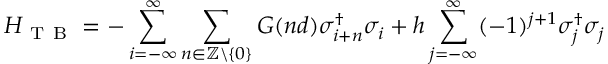
H _ { \mathrm { ~ T ~ B ~ } } = - \sum _ { i = - \infty } ^ { \infty } \sum _ { n \in \mathbb { Z } \backslash \{ 0 \} } G ( n d ) \sigma _ { i + n } ^ { \dagger } \sigma _ { i } + h \sum _ { j = - \infty } ^ { \infty } ( - 1 ) ^ { j + 1 } \sigma _ { j } ^ { \dagger } \sigma _ { j }